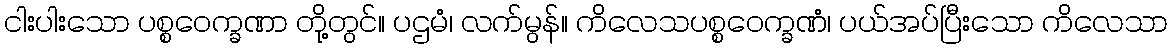
ငါးပါးသော ပစ္စဝေက္ခဏာ တို့တွင်။ ပဌမံ၊ လက်မွန်။ ကိလေသပစ္စဝေက္ခဏံ၊ ပယ်အပ်ပြီးသော ကိလေသာ